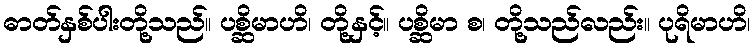
ဓာတ်နှစ်ပါးတို့သည်။ ပစ္ဆိမာဟိ၊ တို့နှင့်။ ပစ္ဆိမာ စ၊ တို့သည်လည်း။ ပုရိမာဟိ၊